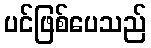
ပင်ဖြစ်ပေသည်